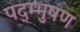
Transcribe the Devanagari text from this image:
पद्म्भुषण